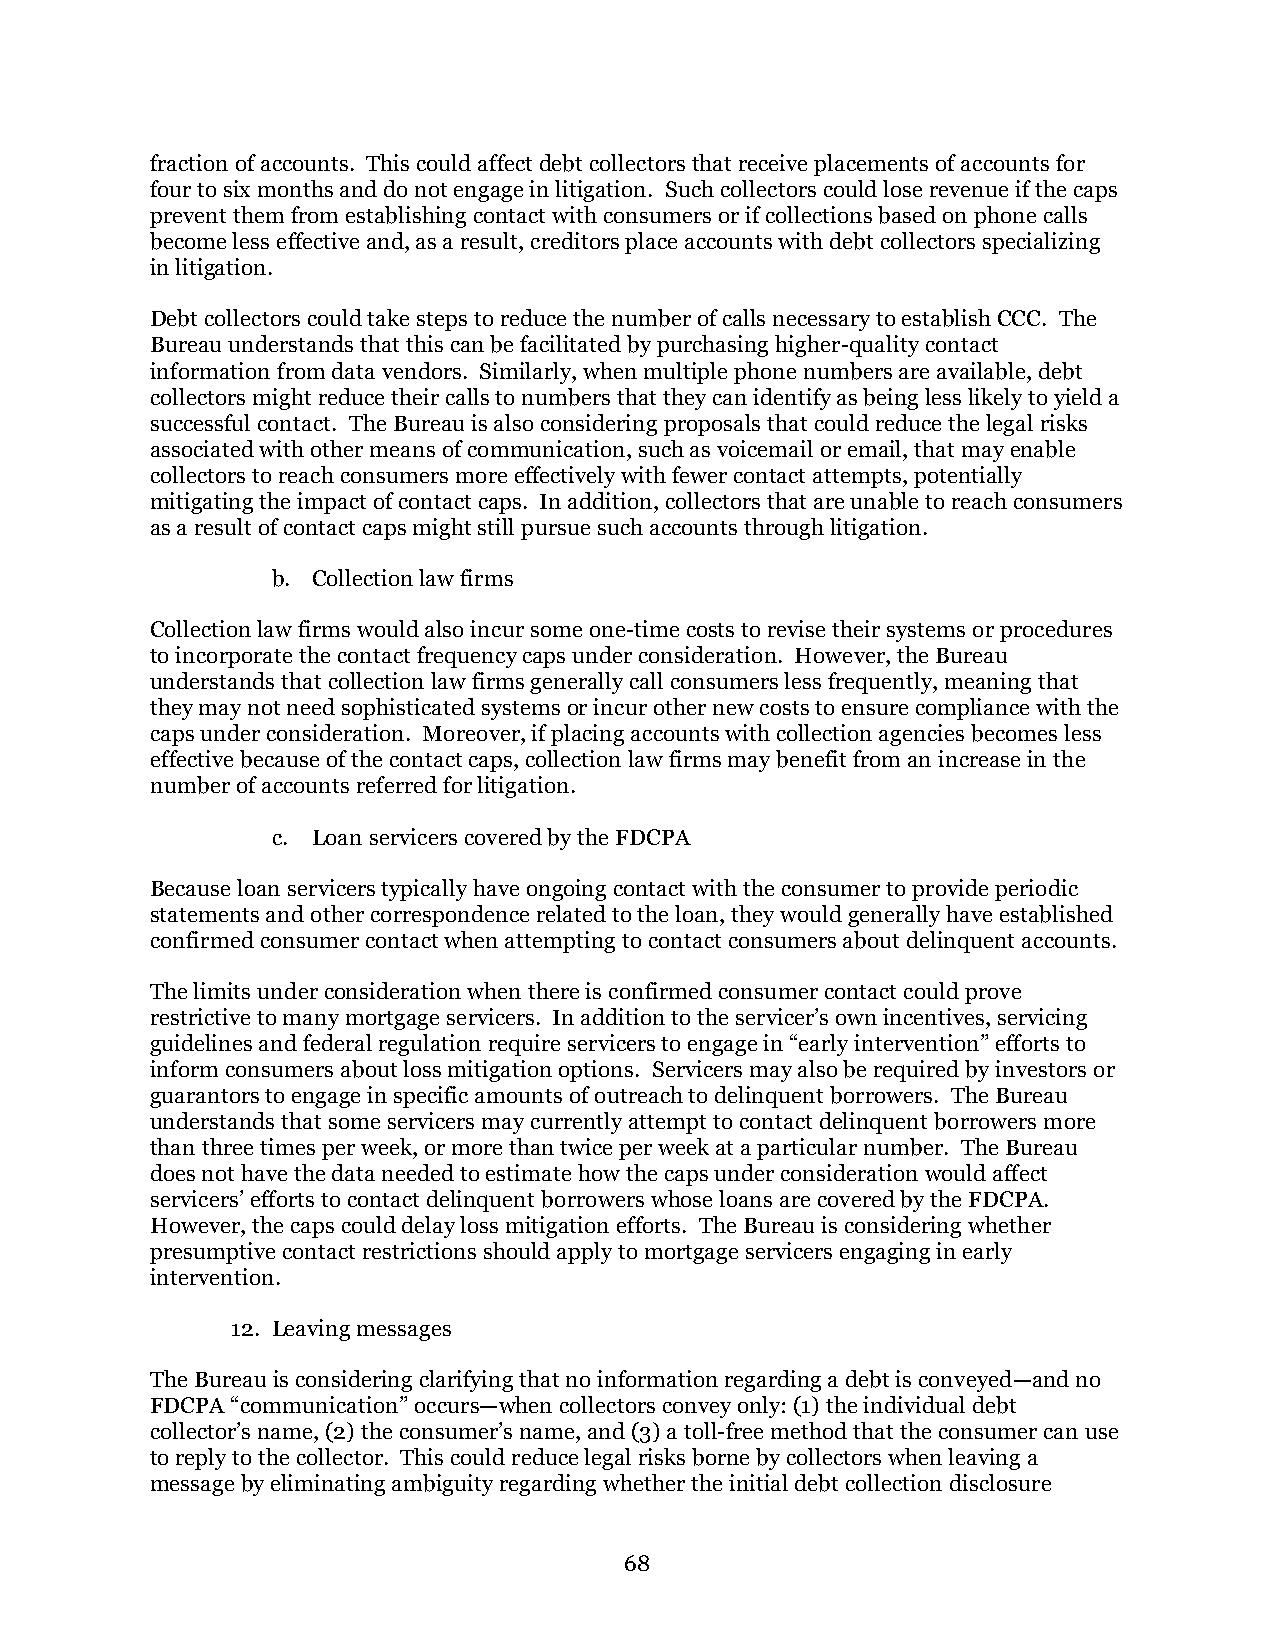
fraction of accounts. This could affect debt collectors that receive placements of accounts for
 four to six months and do not engage in litigation. Such collectors could lose revenue if the caps
 prevent them from establishing contact with consumers or if collections based on phone calls
 become less effective and, as a result, creditors place accounts with debt collectors specializing
 in litigation.
 Debt collectors could take steps to reduce the number of calls necessary to establish CCC. The
 Bureau understands that this can be facilitated by purchasing higher-quality contact
 information from data vendors. Similarly, when multiple phone numbers are available, debt
 collectors might reduce their calls to numbers that they can identify as being less likely to yield a
 successful contact. The Bureau is also considering proposals that could reduce the legal risks
 associated with other means of communication, such as voicemail or email, that may enable
 collectors to reach consumers more effectively with fewer contact attempts, potentially
 mitigating the impact of contact caps. In addition, collectors that are unable to reach consumers
 as a result of contact caps might still pursue such accounts through litigation.
 b. Collection law firms
 Collection law firms would also incur some one-time costs to revise their systems or procedures
 to incorporate the contact frequency caps under consideration. However, the Bureau
 understands that collection law firms generally call consumers less frequently, meaning that
 they may not need sophisticated systems or incur other new costs to ensure compliance with the
 caps under consideration. Moreover, if placing accounts with collection agencies becomes less
 effective because of the contact caps, collection law firms may benefit from an increase in the
 number of accounts referred for litigation.
 c. Loan servicers covered by the FDCPA
 Because loan servicers typically have ongoing contact with the consumer to provide periodic
 statements and other correspondence related to the loan, they would generally have established
 confirmed consumer contact when attempting to contact consumers about delinquent accounts.
 The limits under consideration when there is confirmed consumer contact could prove
 restrictive to many mortgage servicers. In addition to the servicer’s own incentives, servicing
 guidelines and federal regulation require servicers to engage in “early intervention” efforts to
 inform consumers about loss mitigation options. Servicers may also be required by investors or
 guarantors to engage in specific amounts of outreach to delinquent borrowers. The Bureau
 understands that some servicers may currently attempt to contact delinquent borrowers more
 than three times per week, or more than twice per week at a particular number. The Bureau
 does not have the data needed to estimate how the caps under consideration would affect
 servicers’ efforts to contact delinquent borrowers whose loans are covered by the FDCPA.
 However, the caps could delay loss mitigation efforts. The Bureau is considering whether
 presumptive contact restrictions should apply to mortgage servicers engaging in early
 intervention.
 12. Leaving messages
 The Bureau is considering clarifying that no information regarding a debt is conveyed—and no
 FDCPA “communication” occurs—when collectors convey only: (1) the individual debt
 collector’s name, (2) the consumer’s name, and (3) a toll-free method that the consumer can use
 to reply to the collector. This could reduce legal risks borne by collectors when leaving a
 message by eliminating ambiguity regarding whether the initial debt collection disclosure
 68